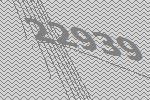
22939